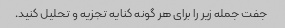
جفت جمله زیر را برای هر گونه کنایه تجزیه و تحلیل کنید.